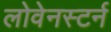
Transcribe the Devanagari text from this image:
लोवेनस्टर्न